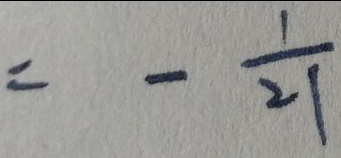
= - \frac { 1 } { 2 1 }